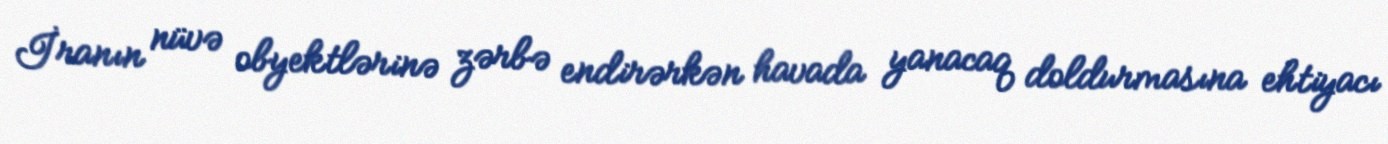
İranın nüvə obyektlərinə zərbə endirərkən havada yanacaq doldurmasına ehtiyacı